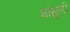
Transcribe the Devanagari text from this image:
भांसुली